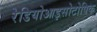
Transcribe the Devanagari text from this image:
रेडियोआइसोटोपिक